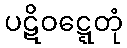
ပဋိဝဋ္ဋေတုံ